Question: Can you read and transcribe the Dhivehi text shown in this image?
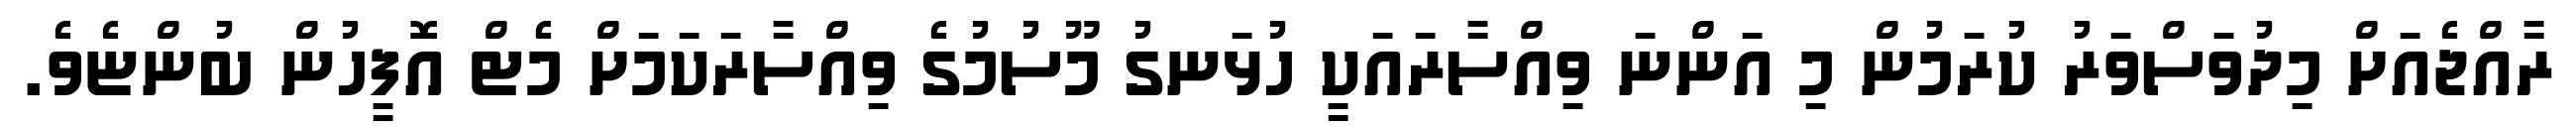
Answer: ރާއްޖެއަށް މިދުވަސްވަރު ކުރަމުން މި އަންނަ ވިއްސާރައަކީ ހުޅަނގު މޫސުމުގެ ވިއްސާރަކަމަށް މެޓް އޮފީހުން ބުންޏެވެ.